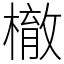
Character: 㯙